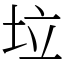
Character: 垃